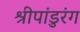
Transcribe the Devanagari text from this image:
श्रीपांडुरंग